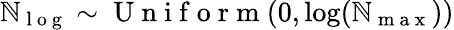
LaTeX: \mathbb{N}_{\mathrm{{~l~o~g~}}}\sim\mathrm{{~U~n~i~f~o~r~m~}}(0,\log(\mathbb{N}_{\mathrm{{~m~a~x~}}}))